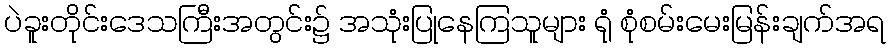
ပဲခူးတိုင်းဒေသကြီးအတွင်း၌ အသုံးပြုနေကြသူများ ရုံ စုံစမ်းမေးမြန်းချက်အရ